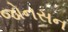
જોનસન